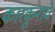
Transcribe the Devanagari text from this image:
कारकुनाचे